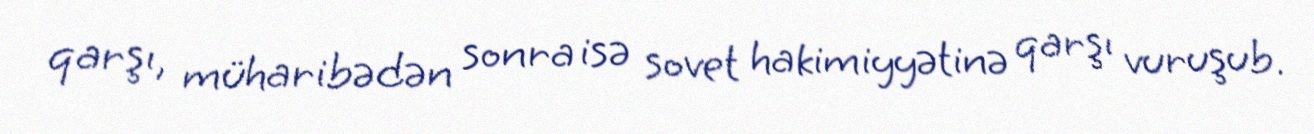
qarşı, müharibədən sonra isə sovet hakimiyyətinə qarşı vuruşub.